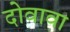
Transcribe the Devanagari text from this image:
दोवावा